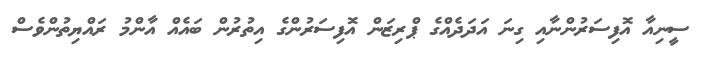
ސީނިއާ އޮފިސަރުންނާއި ގިނަ އަދަދެއްގެ ޕްރިޒަން އޮފިސަރުންގެ އިތުރުން ބައެއް އާންމު ރައްޔިތުންވެސް